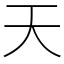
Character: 天